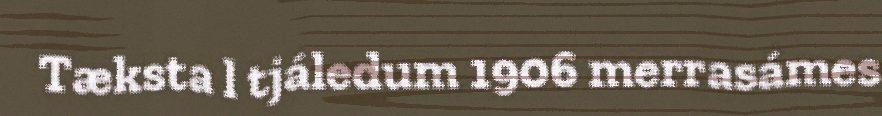
Tæksta l tjáledum 1906 merrasámes